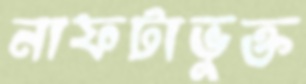
নাফটাভুক্ত